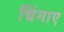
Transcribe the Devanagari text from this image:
चिंगाए